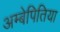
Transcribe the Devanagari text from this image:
अम्बेपितिया